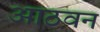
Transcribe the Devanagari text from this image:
आठवन